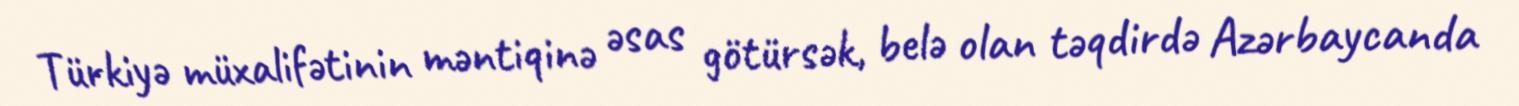
Türkiyə müxalifətinin məntiqinə əsas götürsək, belə olan təqdirdə Azərbaycanda